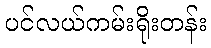
ပင်လယ်ကမ်းရိုးတန်း